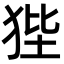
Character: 狴